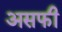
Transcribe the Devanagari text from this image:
असफी